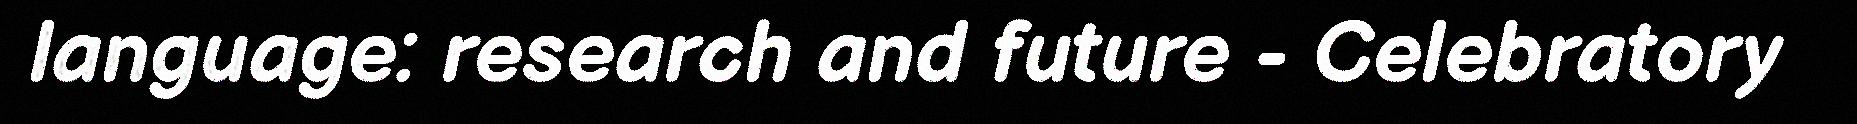
language: research and future - Celebratory